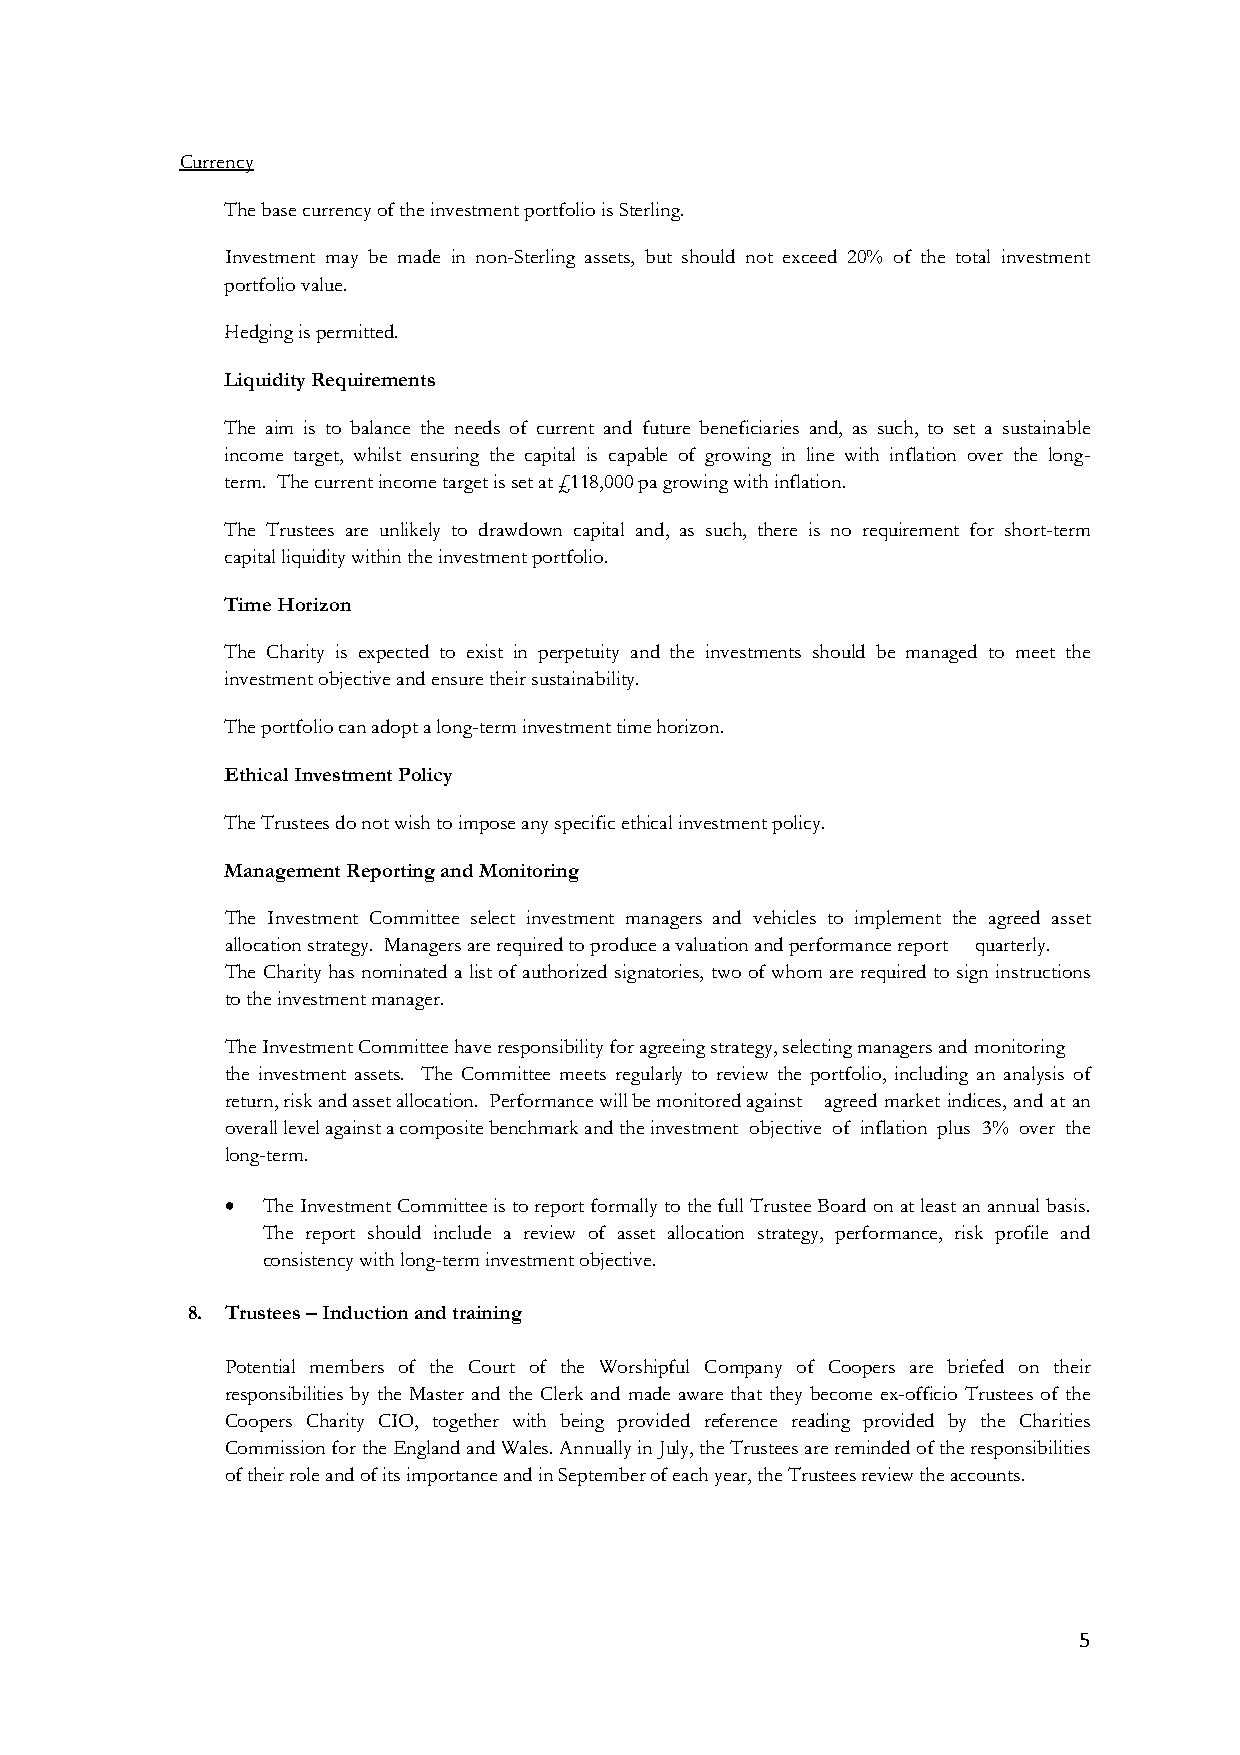
Currency
 The base currency of the investment portfolio is Sterling.
 Investment may be made in non-Sterling assets, but should not exceed 20% of the total investment
 portfolio value.
 Hedging is permitted.
 Liquidity Requirements
 The aim is to balance the needs of current and future beneficiaries and, as such, to set a sustainable
 income target, whilst ensuring the capital is capable of growing in line with inflation over the long-
 term. The current income target is set at £118,000 pa growing with inflation.
 The Trustees are unlikely to drawdown capital and, as such, there is no requirement for short-term
 capital liquidity within the investment portfolio.
 Time Horizon
 The Charity is expected to exist in perpetuity and the investments should be managed to meet the
 investment objective and ensure their sustainability.
 The portfolio can adopt a long-term investment time horizon.
 Ethical Investment Policy
 The Trustees do not wish to impose any specific ethical investment policy.
 Management Reporting and Monitoring
 The Investment Committee select investment managers and vehicles to implement the agreed asset
 allocation strategy. Managers are required to produce a valuation and performance report quarterly.
 The Charity has nominated a list of authorized signatories, two of whom are required to sign instructions
 to the investment manager.
 The Investment Committee have responsibility for agreeing strategy, selecting managers and monitoring
 the investment assets. The Committee meets regularly to review the portfolio, including an analysis of
 return, risk and asset allocation. Performance will be monitored against agreed market indices, and at an
 overall level against a composite benchmark and the investment objective of inflation plus 3% over the
 long-term.
 • The Investment Committee is to report formally to the full Trustee Board on at least an annual basis.
 The report should include a review of asset allocation strategy, performance, risk profile and
 consistency with long-term investment objective.
 8. Trustees – Induction and training
 Potential members of the Court of the Worshipful Company of Coopers are briefed on their
 responsibilities by the Master and the Clerk and made aware that they become ex-officio Trustees of the
 Coopers Charity CIO, together with being provided reference reading provided by the Charities
 Commission for the England and Wales. Annually in July, the Trustees are reminded of the responsibilities
 of their role and of its importance and in September of each year, the Trustees review the accounts.
 5